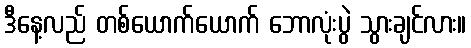
ဒီနေ့လည် တစ်ယောက်ယောက် ဘောလုံးပွဲ သွားချင်လား။